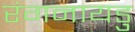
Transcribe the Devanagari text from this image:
रंगनायडु